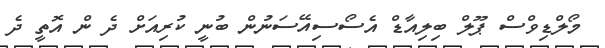
މޯލްޑިވްސް ޕޫލް ބިލިއާޑް އެސޯސިއޭސަނުން ބުނީ ކުރިއަށް ދެ ން އޮތީ ދެ